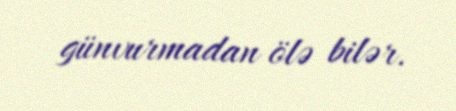
günvurmadan ölə bilər.